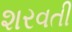
શરવતી